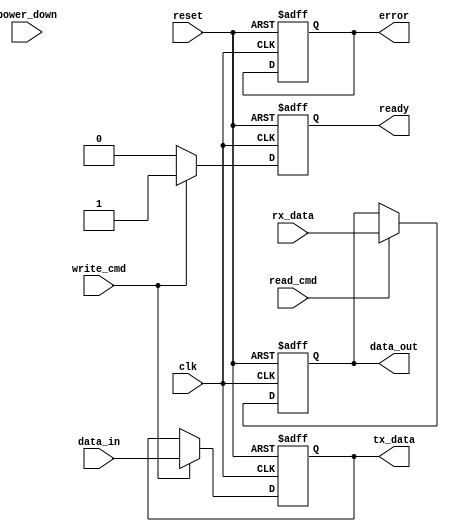
module gddr6_io_block #(
    parameter DATA_WIDTH = 32, // Data width (16 or 32 bits)
    parameter DATA_RATE = 16    // Data rate in Gbps
)(
    input wire clk,                // Reference clock
    input wire reset,              // Reset signal
    input wire [DATA_WIDTH-1:0] data_in, // Data input from memory controller
    output wire [DATA_WIDTH-1:0] data_out, // Data output to memory controller
    input wire read_cmd,           // Read command signal
    input wire write_cmd,          // Write command signal
    output wire ready,             // Ready signal for the memory controller
    output wire error,             // Error signal
    input wire power_down,         // Power down signal
    output wire [DATA_WIDTH-1:0] tx_data, // Transmitted data
    input wire [DATA_WIDTH-1:0] rx_data // Received data
);

    // Internal signals
    reg [DATA_WIDTH-1:0] tx_buffer;
    reg [DATA_WIDTH-1:0] rx_buffer;
    reg ready_reg;
    reg error_reg;

    // Transmitter Logic
    always @(posedge clk or posedge reset) begin
        if (reset) begin
            tx_buffer <= 0;
            ready_reg <= 0;
        end else if (write_cmd) begin
            tx_buffer <= data_in; // Load data to transmit
            ready_reg <= 1;       // Indicate ready to send
        end else begin
            ready_reg <= 0;       // Not ready
        end
    end

    assign tx_data = tx_buffer; // Output transmitted data

    // Receiver Logic
    always @(posedge clk or posedge reset) begin
        if (reset) begin
            rx_buffer <= 0;
            error_reg <= 0;
        end else if (read_cmd) begin
            rx_buffer <= rx_data; // Load received data
            // Error checking can be implemented here
        end
    end

    assign data_out = rx_buffer; // Output received data
    assign ready = ready_reg;     // Ready signal output
    assign error = error_reg;     // Error signal output

    // Power Management Logic
    always @(posedge clk or posedge reset) begin
        if (reset) begin
            // Initialize power management states
        end else if (power_down) begin
            // Implement power down logic
        end else begin
            // Normal operation
        end
    end

    // Additional features like clock management, equalization, etc., would be implemented here.

endmodule